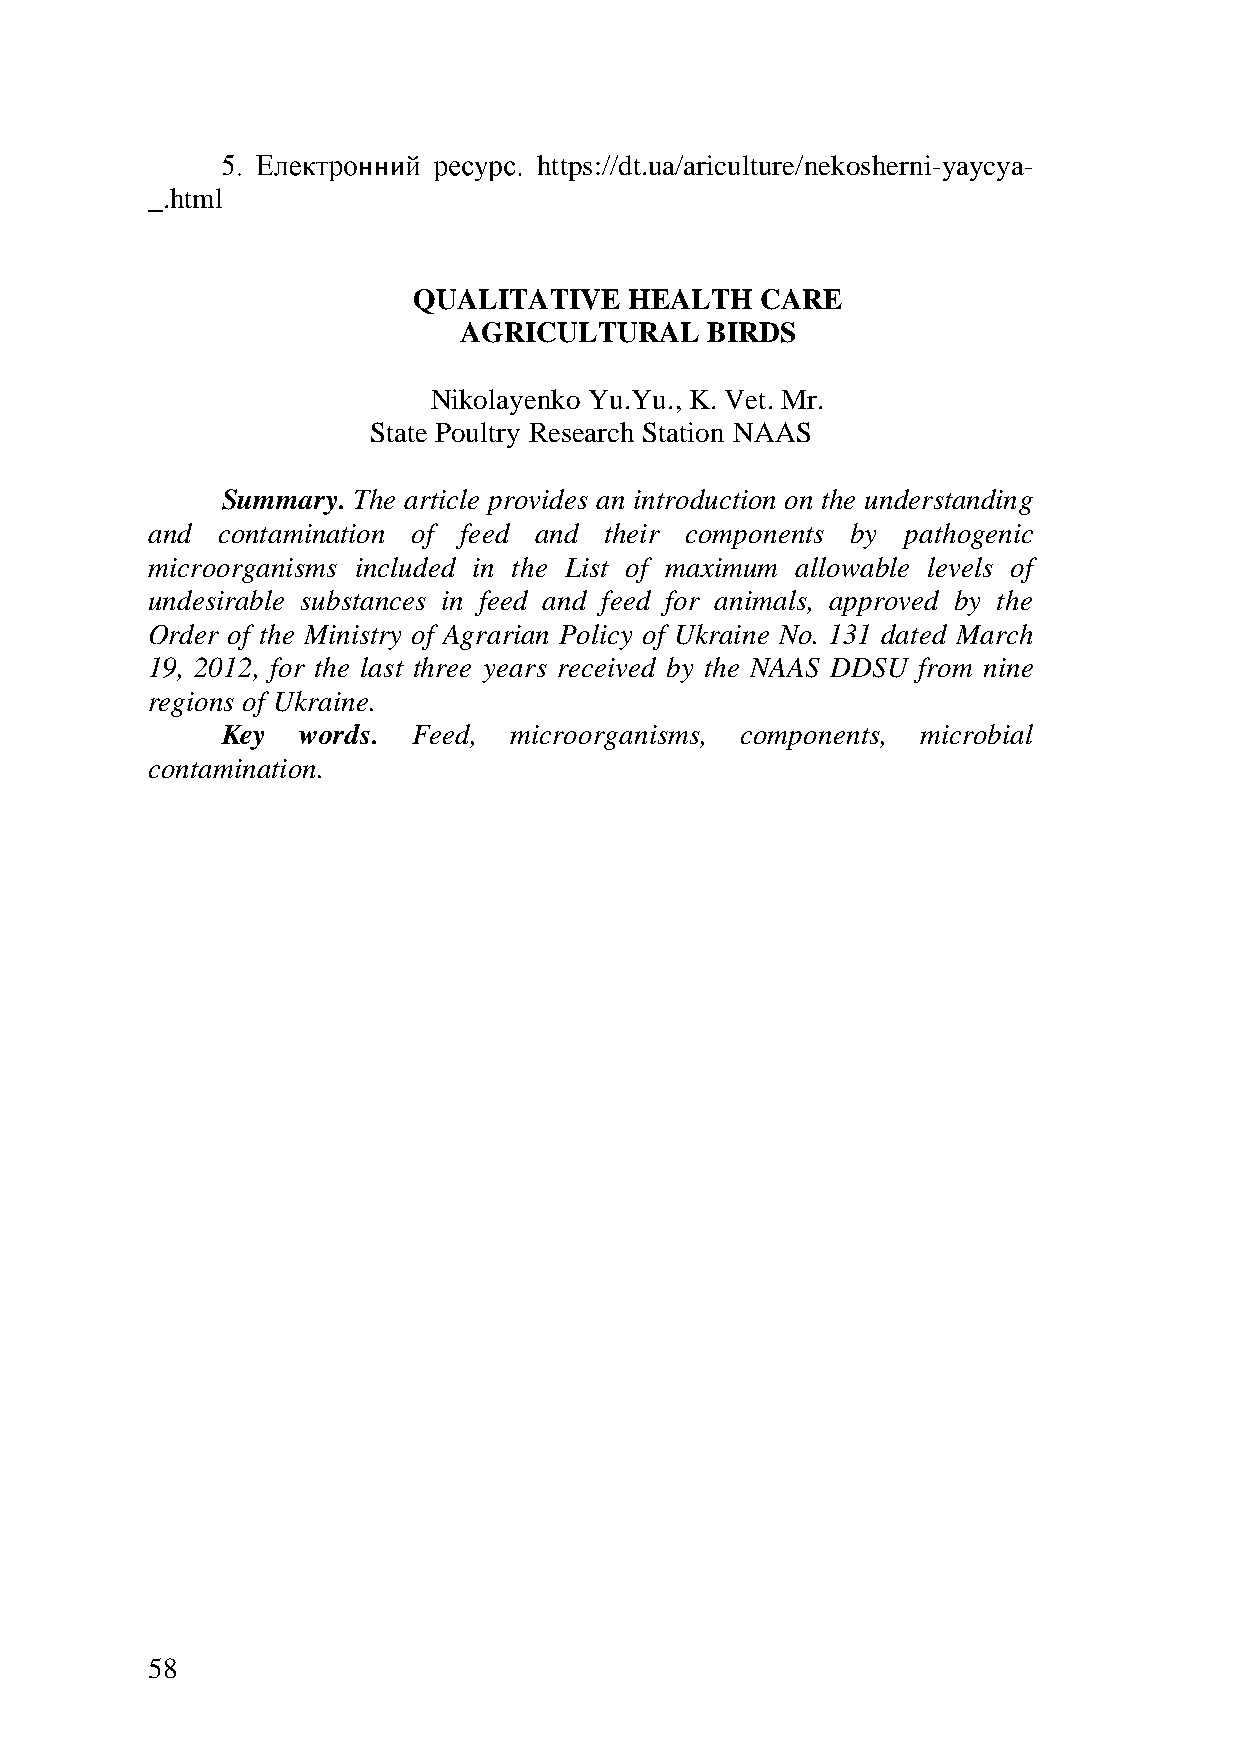
https://dt.ua/ariculture/nekosherni-yaycya-
 _.html
 QUALITATIVE    HEALTH  CARE
 AGRICULTURAL     BIRDS
 Nikolayenko Yu.Yu., K. Vet. Mr.
 State Poultry Research Station NAAS
 Summary. The article provides an introduction on the understanding
 and contamination of feed and their components by pathogenic
 microorganisms included in the List of maximum allowable levels of
 undesirable substances in feed and feed for animals, approved by the
 Order of the Ministry of Agrarian Policy of Ukraine No. 131 dated March
 19, 2012, for the last three years received by the NAAS DDSU from nine
 regions of Ukraine.
 Key  words. Feed,  microorganisms, components, microbial
 contamination.
 58